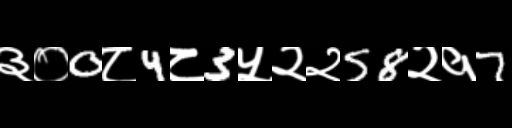
Text: ३०0८4८3५२२58२१7